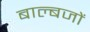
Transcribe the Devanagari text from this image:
बाल्बजों